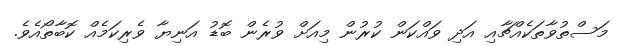
މަސްތުވާތަކެއްޗާއި އަދި ވައްކަން ކުރުން މިއަށް ވުރެން ބޮޑު އަނިޔާ ވެރިކަމެއް ކޮބާތޯއެވެ.